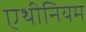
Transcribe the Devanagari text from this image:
एथीनियम